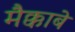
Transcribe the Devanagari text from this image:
मैक्काबे